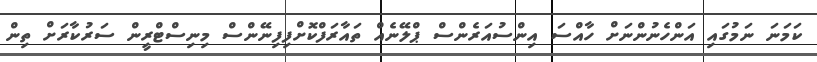
ކަމަނަ ނަމުގައި އަންހެނުންނަށް ހާއްސަ އިންސުއަރެންސް ޕްލޭނެއް ތައާރަފްކޮށްފިފިނޭންސް މިނިސްޓްރީން ސަރުކާރަށް ތިން